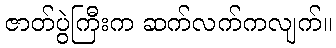
ဇာတ်ပွဲကြီးက ဆက်လက်ကလျက်။